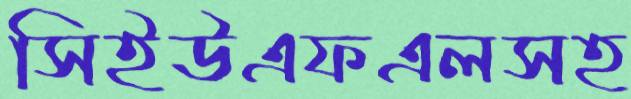
সিইউএফএলসহ